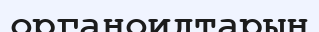
органоидтарын